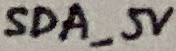
Text: SDA_5V